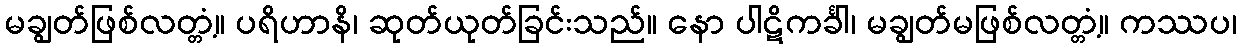
မချွတ်ဖြစ်လတ္တံ့။ ပရိဟာနိ၊ ဆုတ်ယုတ်ခြင်းသည်။ နော ပါဋိကင်္ခါ၊ မချွတ်မဖြစ်လတ္တံ့။ ကဿပ၊